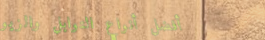
أفضل أنواع التوابل والزيو